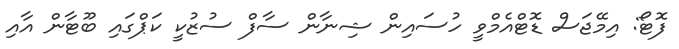
ފޮޓޯ: އިމޭޖަސް ޑޮޓްއެމްވީ ހުސައިން ޝިނާން ސާފް ސުޒުކީ ކަޕްގައި ބޫޓާން އާއި